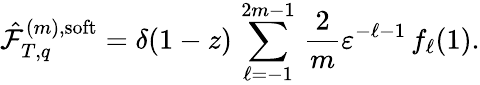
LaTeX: \hat{\cal F}_{T,q}^{(m),\mathrm{soft}}=\delta(1-z)\, \sum_{\ell=-1}^{2m-1}\, \frac{2}{m}\varepsilon^{-\ell-1}\, f_{\ell}(1).